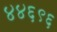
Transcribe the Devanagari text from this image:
४४६९६